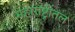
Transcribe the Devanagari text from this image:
महाराष्ट्रीतल